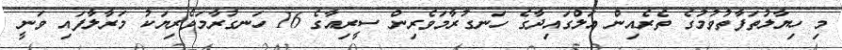
މި ހިޔާލުތަފާތުވުމުގެ ތެރެއިން އަލްގައިދާގެ ހަނގުރާމަވެރިން ސީރިއާގެ 16 ހަނގުރާމަވެރިޔަކު މަރާލާފައި ވަނީ